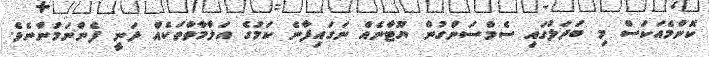
ކޮންމެއަކަސް މި ބަދަލުގައި ސެމްސަންގުން ޔޫޓާނެއް ނަގައިފާނެ ކަމުގެ އަލާމާތްތަކެއް ދަނީ ފެންނަމުންނެވެ.